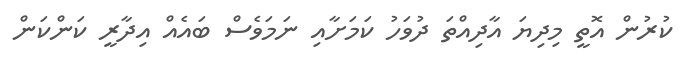
ކުރުން އޮތީ މިދިޔަ އާދިއްތަ ދުވަހު ކަމަށާއި ނަމަވެސް ބައެއް އިދާރީ ކަންކަން